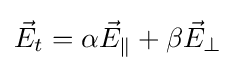
{\vec {E}}_{t}=\alpha {\vec {E}}_{\parallel }+\beta {\vec {E}}_{\perp }